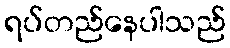
ရပ်တည်နေပါသည်